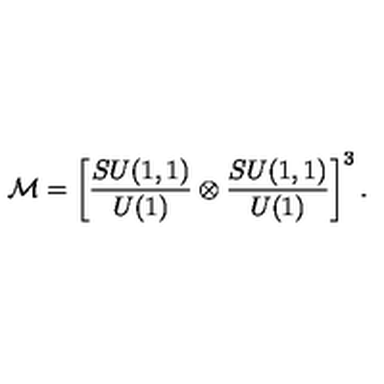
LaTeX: { \cal M } = \left[ { \frac { S U ( 1 , 1 ) } { U ( 1 ) } } \otimes { \frac { S U ( 1 , 1 ) } { U ( 1 ) } } \right] ^ { 3 } .